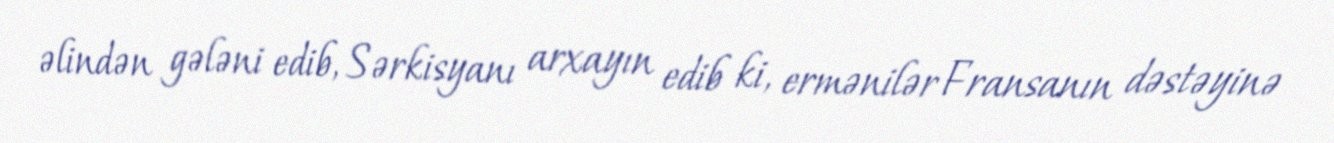
əlindən gələni edib, Sərkisyanı arxayın edib ki, ermənilər Fransanın dəstəyinə